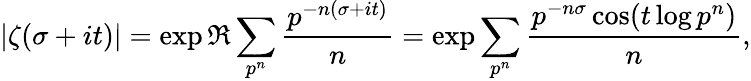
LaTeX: |\zeta(\sigma+it)|=\exp\Re\sum_{p^{n}}{\frac{p^{-n(\sigma+it)}}{n}}=\exp\sum_{p^{n}}{\frac{p^{-n\sigma}\cos(t\log p^{n})}{n}},